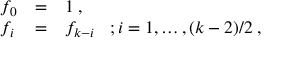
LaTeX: \begin{array} { l l l } { { f _ { 0 } } } & { { = } } & { { 1 \; , } } \\ { { f _ { i } } } & { { = } } & { { f _ { k - i } \; \; \; ; i = 1 , \ldots , ( k - 2 ) / 2 \; , } } \end{array}